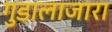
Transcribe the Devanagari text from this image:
गुडालाजारा